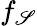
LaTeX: f_{\mathscr{S}}